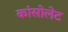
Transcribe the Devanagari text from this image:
कांसोलेट